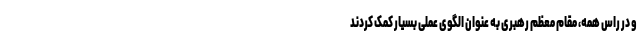
و در راس همه، مقام معظم رهبری به عنوان الگوی عملی بسیار کمک کردند